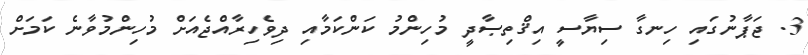
3. ޖަޕާނުގައި ހިނގާ ސިޔާސީ އިޤްތިޞާދީ މުހިންމު ކަންކަމާއި ދިވެހިރާއްޖެއަށް މުހިންމުވާނެ ކަމަށް